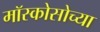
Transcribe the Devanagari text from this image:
मॉस्कोसोच्या